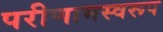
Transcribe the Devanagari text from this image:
परीणामस्वरूप